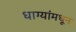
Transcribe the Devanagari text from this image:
धाग्यांमधून